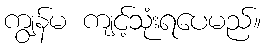
ကျွန်မ ကျင့်သုံးရပေမည်။